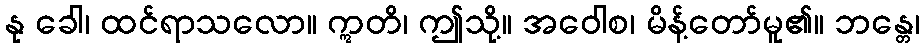
နု ခေါ၊ ထင်ရာသလော။ ဣတိ၊ ဤသို့။ အဝေါစ၊ မိန့်တော်မူ၏။ ဘန္တေ၊